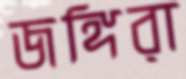
জঙ্গিরা